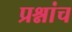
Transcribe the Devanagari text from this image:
प्रश्नांच